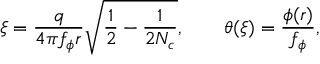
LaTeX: \xi = \frac { q } { 4 \pi f _ { \phi } r } \sqrt { \frac { 1 } { 2 } - \frac { 1 } { 2 N _ { c } } } , \qquad \theta ( \xi ) = \frac { \phi ( r ) } { f _ { \phi } } ,